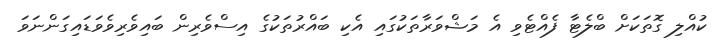
ކުއްލި ގޮތަކަށް ބްލެޓާ ފެއްޓެވި އެ މަޝްވަރާތަކުގައި އެކި ބައްރުތަކުގެ އިސްވެރިން ބައިވެރިވެވަޑައިގަންނަވަ